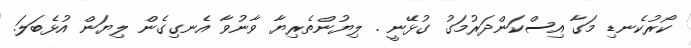
ކޯރުކެނޑި މަގާ އިސްކަންދަރުމަގު ގުޅޭނީ . ލިޔުންތެރިޔާ ވާނުވާ އެނގިގެން ލިޔަން އުޅެބަލަ.